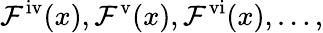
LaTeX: \mathcal{F}^{\mathrm{{iv}}}(x),\mathcal{F}^{\mathrm{{v}}}(x),\mathcal{F}^{\mathrm{{vi}}}(x),\ldots,